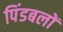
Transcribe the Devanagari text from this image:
पिंडबलों